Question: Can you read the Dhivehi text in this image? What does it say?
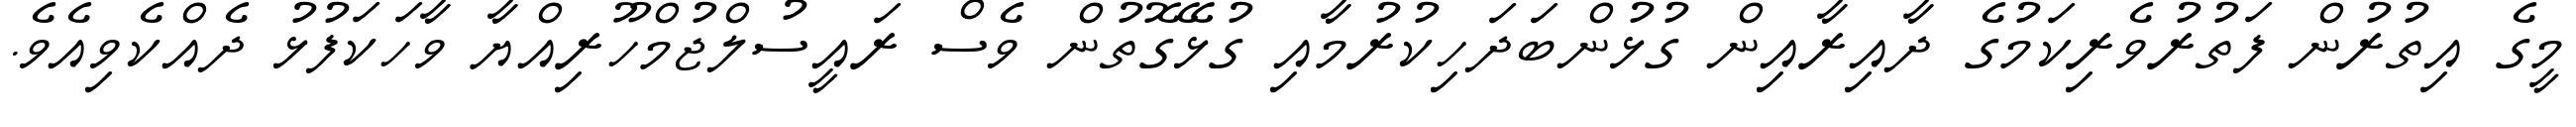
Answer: މީގެ އިތުރުން ފަތުރުވެރިކަމުގެ ދާއިރާއިން ގުޅުންބަދަހިކުރުމާއި ގުޅޭގޮތުން ވެސް ރައީސުލްޖުމްހޫރިއްޔާ ވާހަކަފުޅު ދެއްކެވިއެވެ.